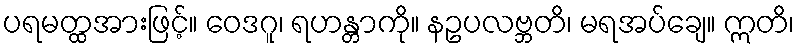
ပရမတ္ထအားဖြင့်။ ဝေဒဂူ၊ ရဟန္တာကို။ နဥပလဗ္ဘတိ၊ မရအပ်ချေ။ ဣတိ၊